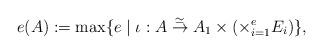
LaTeX: \begin{align*}e(A):={\rm max} \{e \mid \iota: A \stackrel{\simeq}{\to} A_1 \times (\times_{i=1}^e E_i)\},\end{align*}